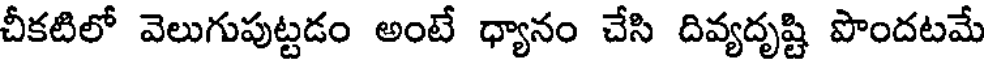
చీకటిలో వెలుగుపుట్టడం అంటే ధ్యానం చేసి దివ్యదృష్టి పొందటమే